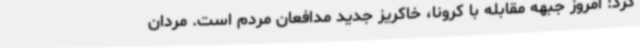
کرد: امروز جبهه مقابله با کرونا، خاکریز جدید مدافعان مردم است. مردان